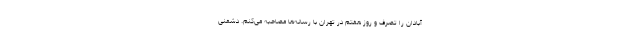
آبادان را تصرف و روز هفتم در تهران با رسانه‌ها مصاحبه می‌کنم. دشمنی